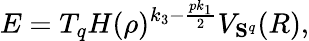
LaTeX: E=T_{q}H(\rho)^{k_{3}-\frac{pk_{1}}{2}}V_{{\mathbf S}^{q}}(R),